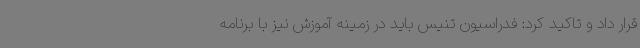
قرار داد و تاکید کرد: فدراسیون تنیس باید در زمینه آموزش نیز با برنامه